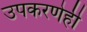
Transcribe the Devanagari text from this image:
उपकरणेही